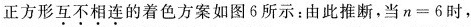
正方形\underset{·}{互}\underset{·}{不}\underset{·}{相}\underset{·}{连}的着色方案如图6所示：由此推断，当$$n=6$$时，